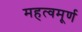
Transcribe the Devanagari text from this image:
महत्वमूर्ण